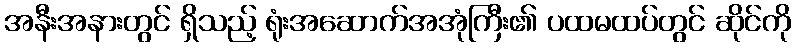
အနီးအနားတွင် ရှိသည့် ရုံးအဆောက်အအုံကြီး၏ ပထမထပ်တွင် ဆိုင်ကို